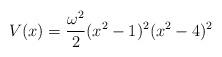
LaTeX: \begin{align*}V(x) = {{\omega^2 } \over {2}} (x^2 - 1)^2 (x^2 - 4)^2\end{align*}